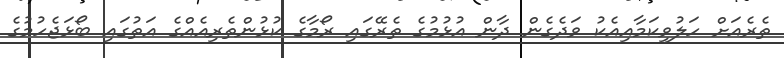
ތެރެއަށް ހަލުވިކަމާއިއެކު ވަދެގެން ދާން އުޅުމުގެ ތެރޭގައި ރޯމާގެ ކުޅުންތެރިއެއްގެ އަތުގައި ބޯޅަޖެހުމުގެ